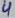
Text: 4